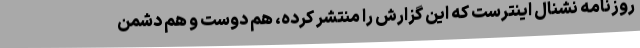
روزنامه نشنال اینترست که این گزارش را منتشر کرده، هم دوست و هم دشمن